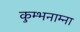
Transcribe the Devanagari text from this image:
कुम्भनाम्ना